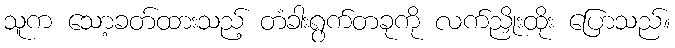
သူက သော့ခတ်ထားသည့် တံခါးရွက်တခုကို လက်ညှိုးထိုး ပြောသည်။